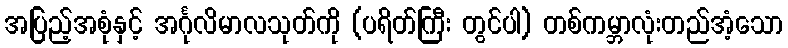
အပြည့်အစုံနှင့် အင်္ဂုလိမာလသုတ်ကို (ပရိတ်ကြီး တွင်ပါ) တစ်ကမ္ဘာလုံးတည်အံ့သော